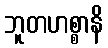
ဘူတဟစ္စာနိ